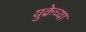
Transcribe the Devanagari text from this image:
युक्रेच्या